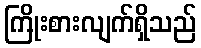
ကြိုးစားလျက်ရှိသည်